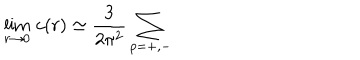
\lim _ { r \rightarrow 0 } \, c ( r ) \simeq \frac { 3 } { 2 \pi ^ { 2 } } \sum _ { p = + , - }